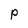
Character: P